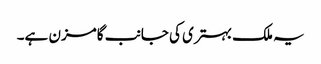
یہ ملک بہتری کی جانب گامزن ہے۔